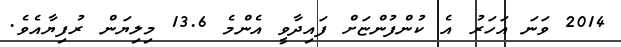
2014 ވަނަ އަހަރު އެ ކުންފުންޏަށް ފައިދާވީ އެންމެ 13.6 މިލިޔަން ރުފިޔާއެވެ.